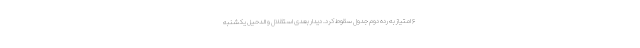
۶ امتیاز به رده دوم جدول سقوط کرد. دیدار بعدی استقلال و الدحیل یکشنبه